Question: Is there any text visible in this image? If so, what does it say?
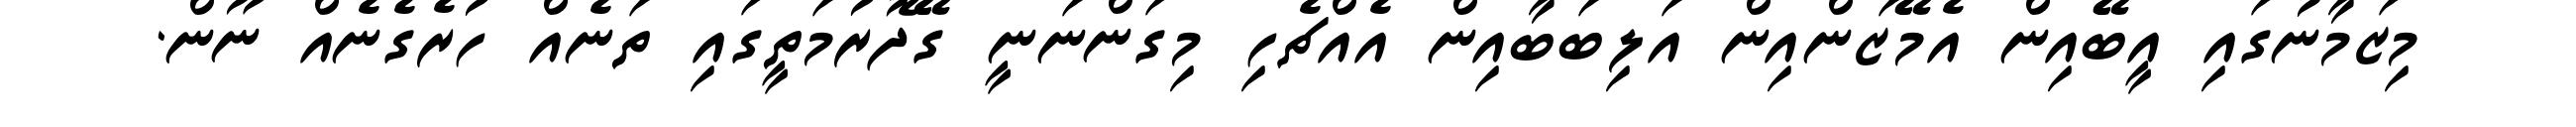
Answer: މިޒަމާނުގައި އީބޭއިން އެމޭޒަންއިން އަލިބަބާއިން އެއްޗެހި މިގަންނަނީ ގޭދޮރުމަތީގައި ތަނެއް ހުރެގެނެއް ނޫން.